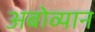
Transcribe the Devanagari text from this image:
अबोव्यान